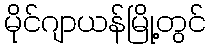
မိုင်ဂျာယန်မြို့တွင်